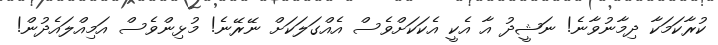
ކުރާކަމަކާ ދިމާނުވާނެ! ނަޝީދު އާ އެކީ އެކަކަށްވެސް އެއްގަލަކަށް ނޭރޭނެ! މުޅިންވެސް އަމިއްލައެދުން!